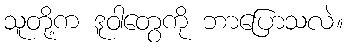
သူတို့က ဒူဝါတွေကို ဘာပြောသလဲ။